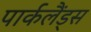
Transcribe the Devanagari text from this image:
पार्कलैंड्स